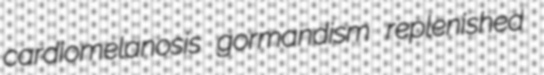
cardiomelanosis gormandism replenished